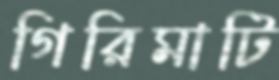
গিরিমাটি